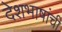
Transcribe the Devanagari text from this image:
देशभाषांची